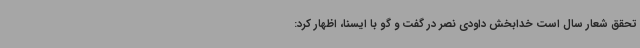
تحقق شعار سال است خدابخش داودی نصر ‌در گفت و گو با ایسنا، اظهار کرد: